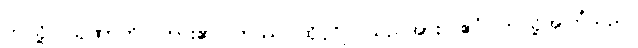
ဤသို့။ သုဏာတိ၊ ကြား၏။ တဿ၊ ထိုပုဂ္ဂိုလ်သည်အား။ ဧဝံ၊ ဤသို့အကြံသည်။